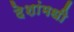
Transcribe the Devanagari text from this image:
देशांमधी